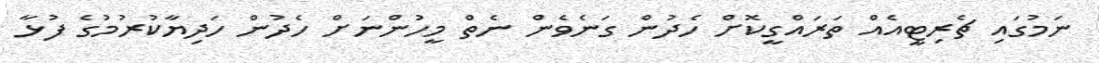
ނަމުގައި ޗެރިޓީއެއް ތަރައްގީކޮށް ހެދުން ގަނެވެން ނެތް މީހުންނަށް ހެދުން ހަދިޔާކުރުމުގެ ފުޅާ